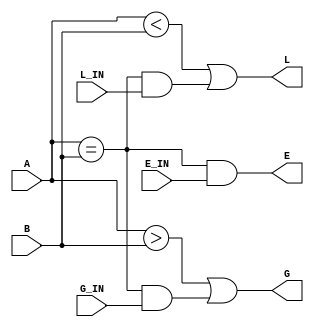
module Comparador_4bits (output wire G, L, E, input G_IN, input L_IN, input E_IN, input wire [3:0] A, B);

    assign G = (A > B) || ((A == B) && G_IN);
    assign L = (A < B) || ((A == B) && L_IN);
    assign E = ((A == B) && E_IN);

endmodule

module Comparador_8bits (output wire G, L, E, input wire [7:0] A, B);

    wire G_old, L_old, E_old;
    Comparador_4bits c1(G_old, L_old, E_old, 1'b0, 1'b0, 1'b1, A[3:0], B[3:0]);
  	Comparador_4bits c2(G, L, E, G_old, L_old, E_old, A[7:4], B[7:4]);

endmodule